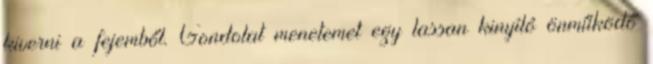
kiverni a fejemből. Gondolat menetemet egy lassan kinyíló önműködő